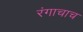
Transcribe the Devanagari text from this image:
रंगाचाच